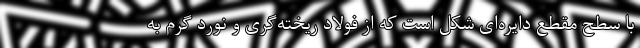
با سطح مقطع دایره‌ای شکل است که از فولادِ ریخته‌گری و نوردِ گرم به